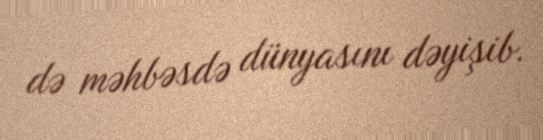
də məhbəsdə dünyasını dəyişib.